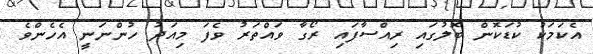
އެކަމަކު ކުޑަކޮން ބޮލުގައި ރިއްސާފައި ރޯގާ ވައްތަރު ވެފަ މިއަދު ހުންނަނީ އެހެންވެ